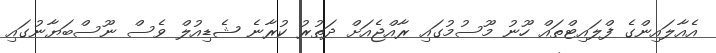
އެއާލައިންގެ ފްލައިޓްތައް ހޫނު މޫސުމުގައި ރާއްޖެއަށް ދަތުރު ކުރާނެ ޝެޑިއުލް ވެސް ނޫސްބަޔާނުގައި